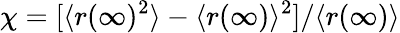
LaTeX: \chi=[\langle r(\infty)^{2}\rangle-\langle r(\infty)\rangle^{2}]/\langle r(\infty)\rangle